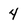
Character: 4